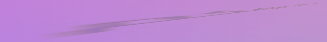
قهوة الصباح   بداية يومكم